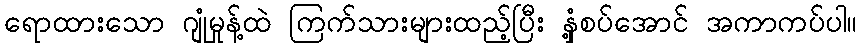
ရောထားသော ဂျုံမှုန့်ထဲ ကြက်သားများထည့်ပြီး နှံ့စပ်အောင် အကာကပ်ပါ။